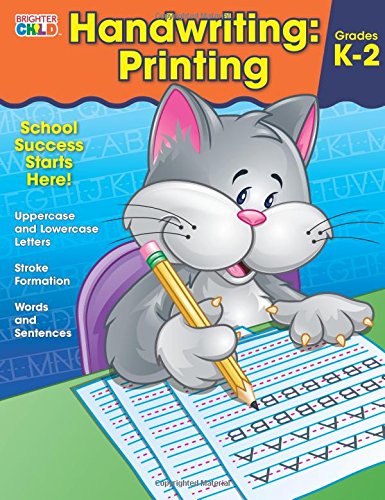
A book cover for Handwriting: Printing Workbook; Children's Books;